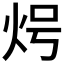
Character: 𭴒